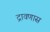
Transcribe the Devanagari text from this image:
द्रावणास